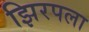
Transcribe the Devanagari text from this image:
झिरपला